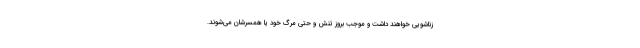
زناشویی خواهند داشت و موجب بروز تنش و حتی مرگ خود یا همسرشان می‌شوند.